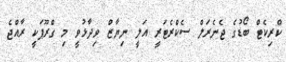
ކްރިކެޓް ބޯޑުގެ ޖެނެރަލް ސެކްރެޓަރީ އަލީ ނިޔާޒް ވިދާޅުވީ މި ގްރޫޕަކީ ރާއްޖެ